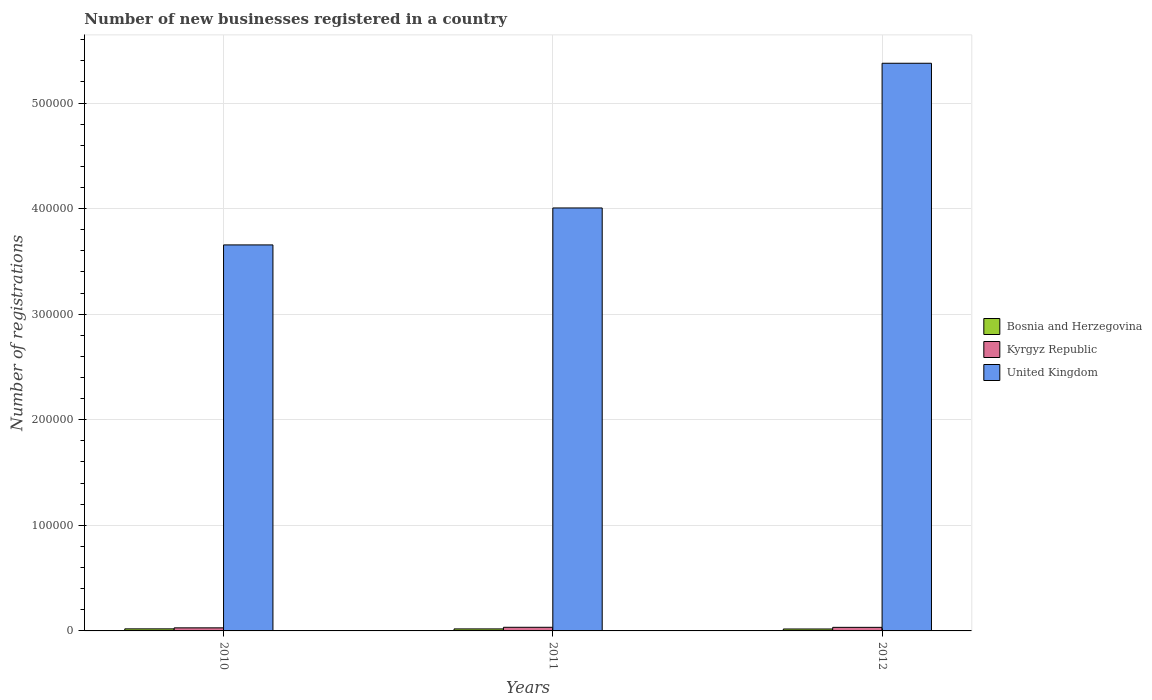
| Years | Bosnia and Herzegovina | Kyrgyz Republic | United Kingdom |
 | --- | --- | --- | --- |
 | 2010 | 1.94e+03 | 2.90e+03 | 3.66e+05 |
 | 2011 | 1.9e+03 | 3.43e+03 | 4.01e+05 |
 | 2012 | 1.83e+03 | 3.38e+03 | 5.38e+05 |